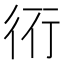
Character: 𧗡